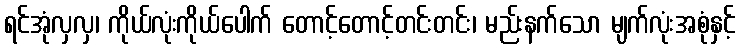
ရင်အုံလှလှ၊ ကိုယ်လုံးကိုယ်ပေါက် တောင့်တောင့်တင်းတင်း၊ မည်းနက်သော မျက်လုံးအစုံနှင့်